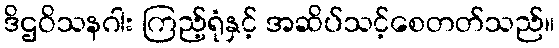
ဒိဌဝိသနဂါး ကြည့်ရုံနှင့် အဆိပ်သင့်စေတတ်သည်။